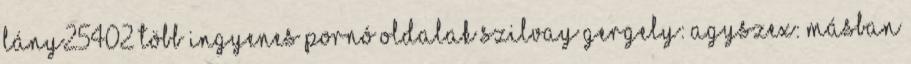
Lány25402 Több ingyenes pornó oldalak Szilvay Gergely: Agyszex: másban